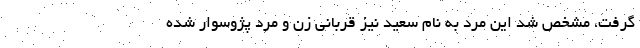
گرفت، مشخص شد این مرد به نام سعید نیز قربانی زن و مرد پژو‌سوار شده